Civil Veterinary Department Bengal reports 1933-51 - 1933-1951
Year: 1933
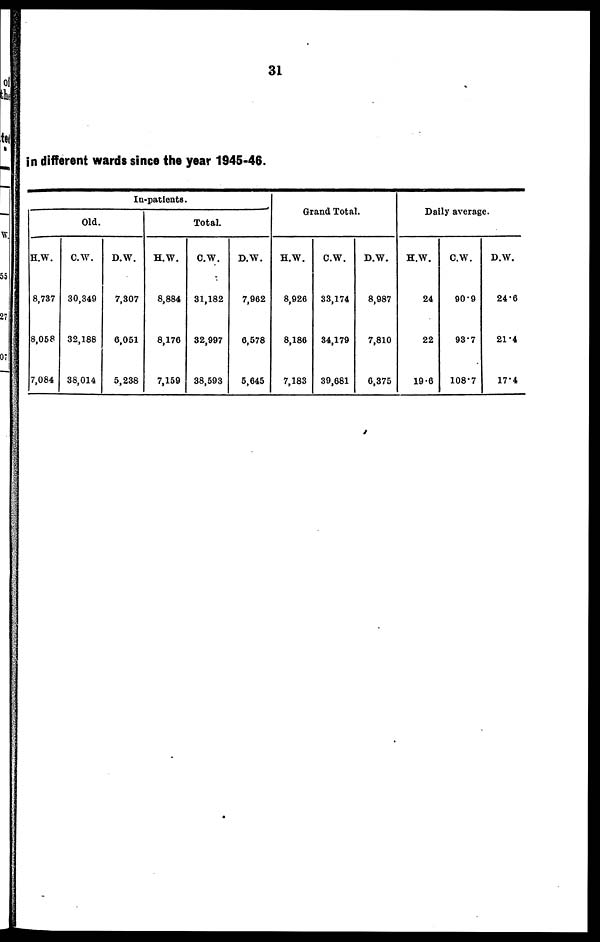
31
in different wards since the year 1945-46.
In-patients.
Old.
H.W.
8,737
8,058
7,084
C.W.
30,349
32,188
38,014
D.W.
7,307
6,051
5,238
Total.
H.W.
8,884
8,176
7,159
C.W.
31,182
32,997
38,593
D.W.
7,962
6,578
5,645
Grand Total.
H.W.
8,926
8,186
7,183
C.W.
33,174
34,179
39,681
D.W.
8,987
7,810
6,375
Daily average.
H.W.
24
22
19.6
C.W.
90.9
93.7
108.7
D.W.
24.6
21.4
17.4